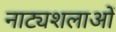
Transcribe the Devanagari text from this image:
नाट्यशलाओं